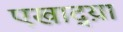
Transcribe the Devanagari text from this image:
एखाद्य़ा